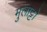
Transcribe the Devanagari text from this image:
मुलाट्टो